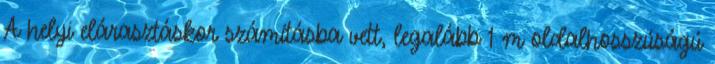
A helyi elárasztáskor számításba vett, legalább 1 m oldalhosszúságú